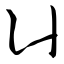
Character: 凵